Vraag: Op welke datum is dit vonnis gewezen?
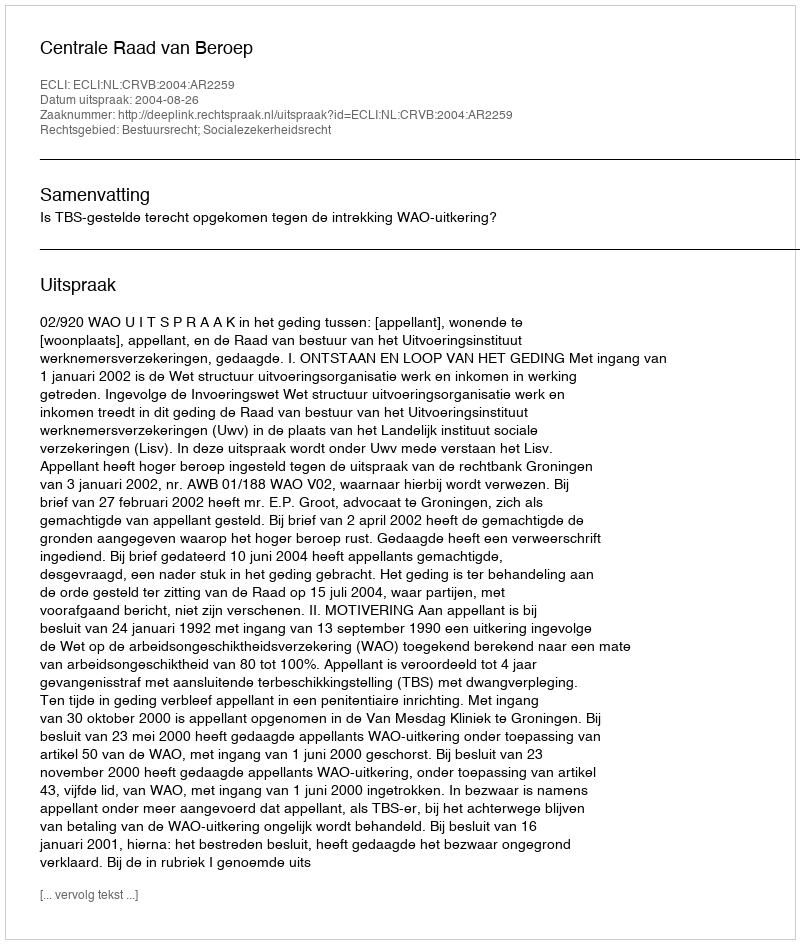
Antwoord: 2004-08-26